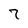
Character: 7